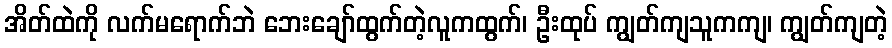
အိတ်ထဲကို လက်မရောက်ဘဲ ဘေးချော်ထွက်တဲ့လူကထွက်၊ ဦးထုပ် ကျွတ်ကျသူကကျ၊ ကျွတ်ကျတဲ့